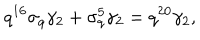
LaTeX: q ^ { 1 6 } \sigma _ { q } \gamma _ { 2 } + \sigma _ { q } ^ { 5 } \gamma _ { 2 } = q ^ { 2 0 } \gamma _ { 2 } ,